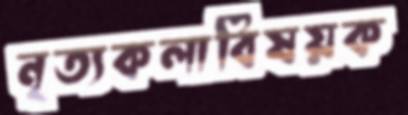
নৃত্যকলাবিষয়ক